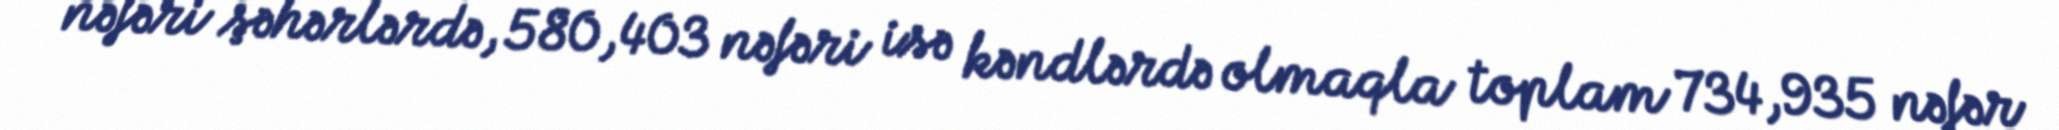
nəfəri şəhərlərdə, 580,403 nəfəri isə kəndlərdə olmaqla toplam 734,935 nəfər